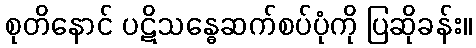
စုတိနောင် ပဋိသန္ဓေဆက်စပ်ပုံကို ပြဆိုခန်း။